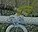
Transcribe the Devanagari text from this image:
घान्छे